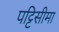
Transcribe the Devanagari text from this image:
पट्टिसीमा